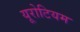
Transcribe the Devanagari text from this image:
यूरोटियम